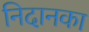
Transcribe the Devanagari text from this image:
निदानका